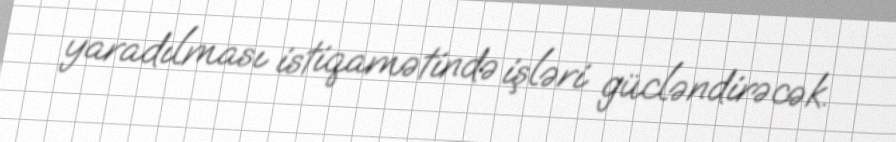
yaradılması istiqamətində işləri gücləndirəcək.